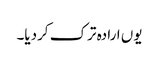
یوں ارادہ ترک کردیا۔